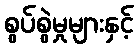
စွပ်စွဲမှုများနှင့်